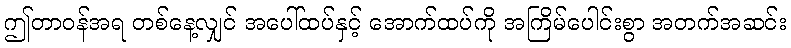
ဤတာဝန်အရ တစ်နေ့လျှင် အပေါ်ထပ်နှင့် အောက်ထပ်ကို အကြိမ်ပေါင်းစွာ အတက်အဆင်း